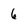
Character: 6